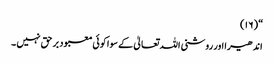
“ (١٦)
اندھیرا اور روشنی اللہ تعالیٰ کے سوا کوئی معبود بر حق نہیں ۔